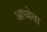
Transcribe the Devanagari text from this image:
आध्येता